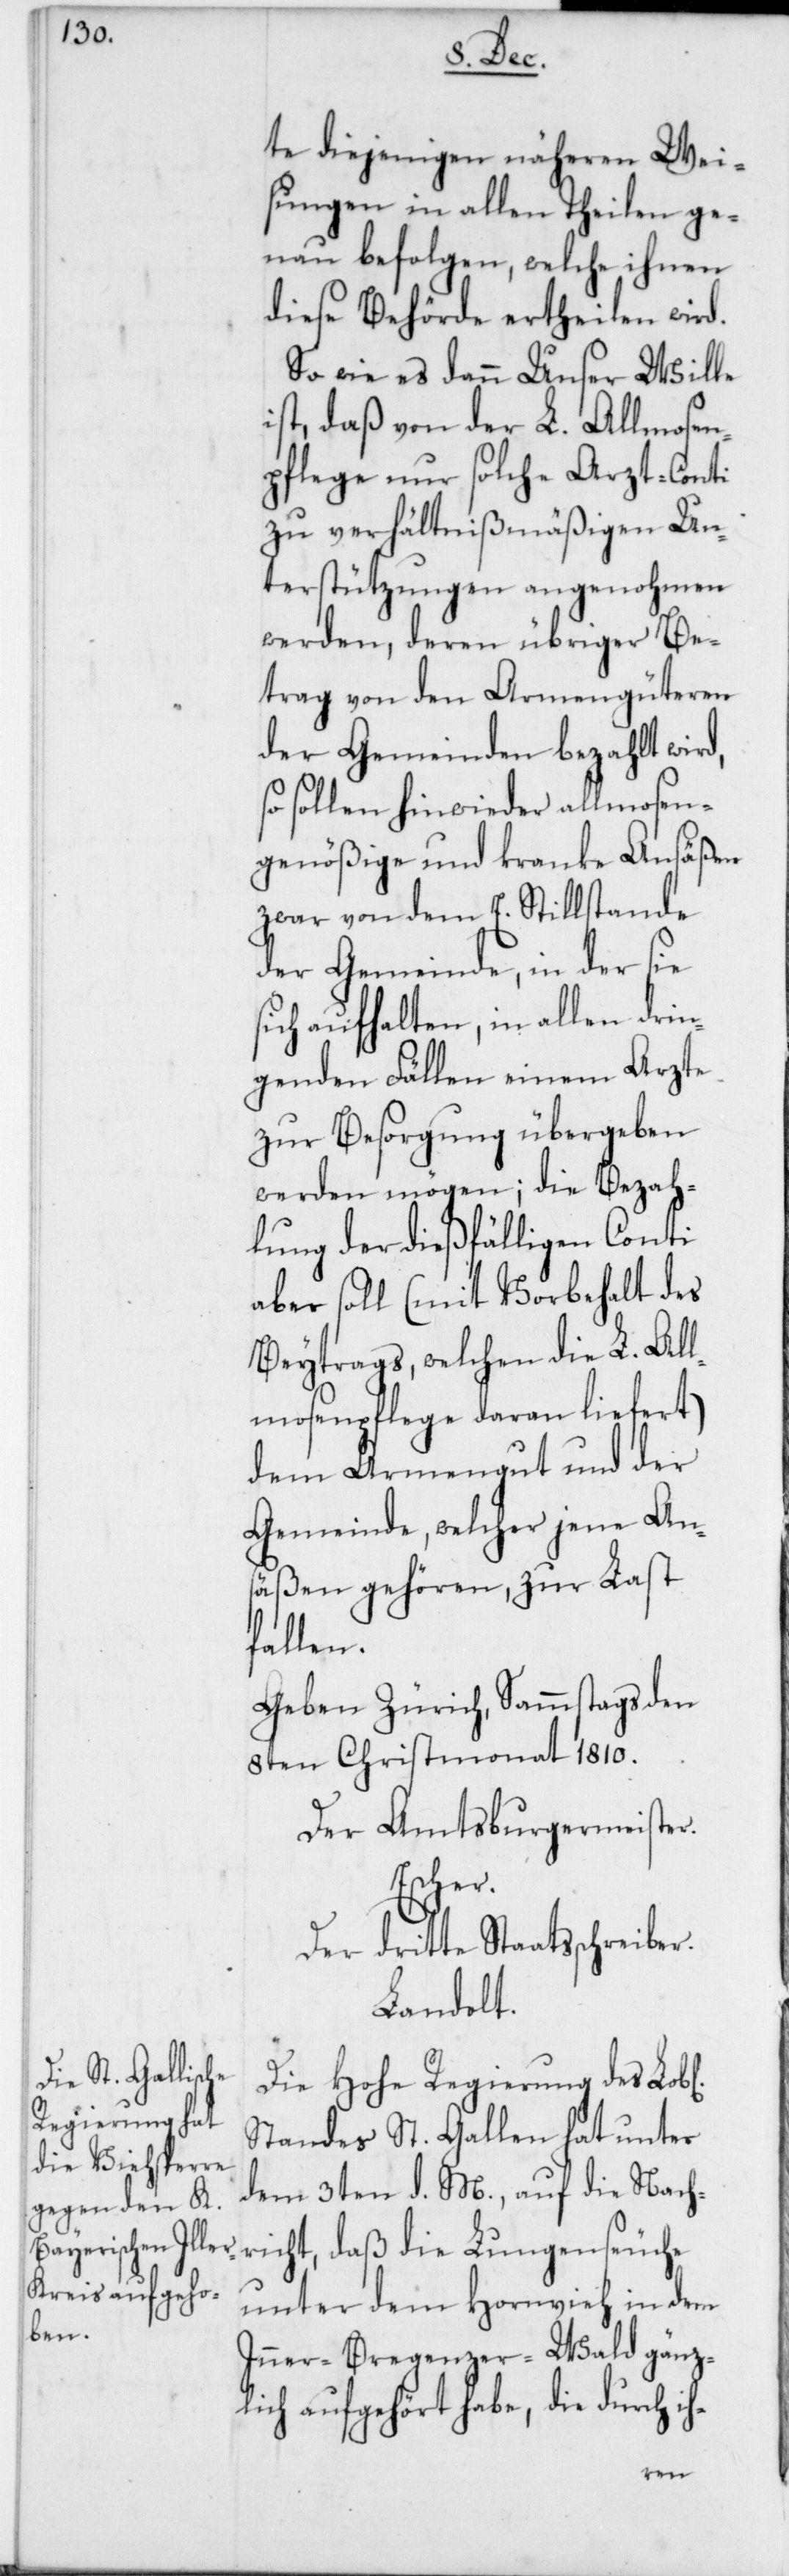
te diejenigen näheren Wei¬
sungen in allen Theilen ge¬
nau befolgen, welche ihnen
diese Behörde ertheilen wird.
So wie es dann Unser Wille
ist, daß von der L. Allmosen¬
pflege nur solche Arzt-Conti
zu verhältnißmäßigen Un¬
terstützungen angenohmen
werden, deren übriger Be¬
trag von den Armengüteren
der Gemeinden bezahlt wird,
sollen hinwieder allmosen¬
genößige und kranke Ansäßen
zwar von dem E. Stillstande
der Gemeinde, in der sie
sich aufhalten, in allen drin¬
genden Fällen einem Arzte
zur Besorgung übergeben
werden mögen; die Bezah¬
lung der dießfälligen Conti
aber soll (mit Vorbehalt des
Beytrags, welchen die L. All¬
mosenpflege daran liefert),
dem Armengut und der
Gemeinde, welcher jene An¬
säßen gehören, zur Last
fallen.
Geben Zürich, Sammstags den
8ten Christmonat 1810.
Der Amtsburgermeister.
ichen]
Der dritte Staatsschreiber.
Landolt.
Die Hohe Regierung des Lob[l¬
Standes St. Gallen hat unter
dem 3ten d. M., auf die Nach¬
richt, daß die Lungenseuche
unter dem Hornvieh in dem
Inner-Bregenzer-Wald gänz¬
lich aufgehört habe, die durch ih-